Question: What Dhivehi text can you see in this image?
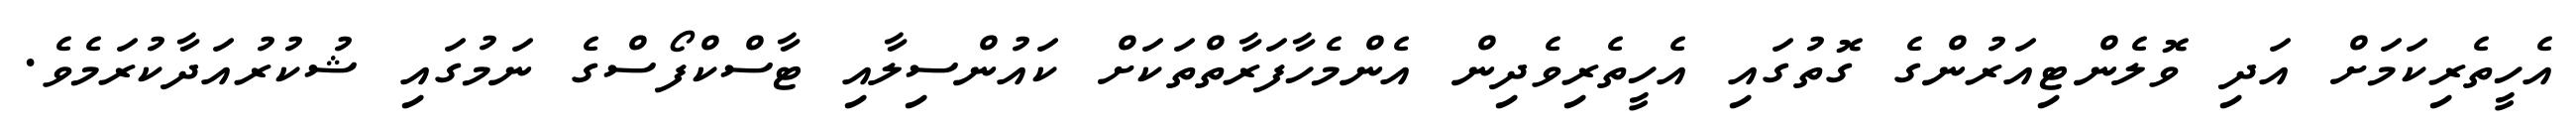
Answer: އެހީތެރިކަމަށް އަދި ވޮލެންޓިއަރުންގެ ގޮތުގައި އެހީތެރިވެދިން އެންމެހާފަރާތްތަކަށް ކައުންސިލާއި ޓާސްކްފޯސްގެ ނަމުގައި ޝުކުރުއަދާކުރަމެވެ.